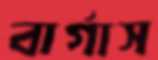
বার্গাস